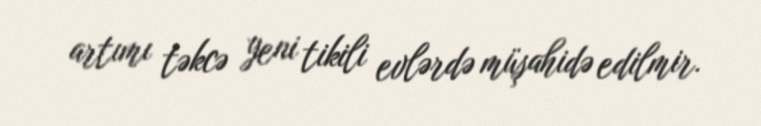
artımı təkcə yeni tikili evlərdə müşahidə edilmir.